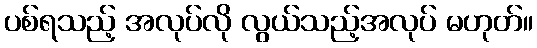
ပစ်ရသည့် အလုပ်လို လွယ်သည့်အလုပ် မဟုတ်။